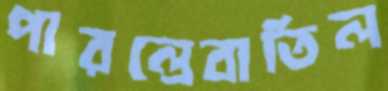
পারল্রেবাতিল